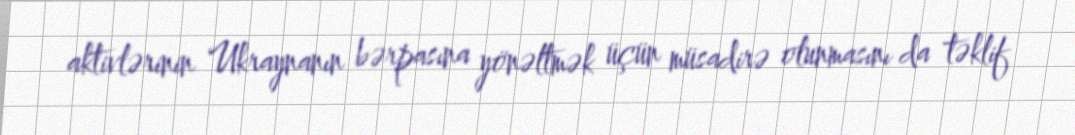
aktivlərinin Ukraynanın bərpasına yönəltmək üçün müsadirə olunmasını da təklif